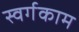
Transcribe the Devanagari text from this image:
स्वर्गकाम